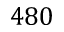
4 8 0